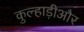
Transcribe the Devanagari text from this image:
कुल्हाड़ीऔर